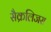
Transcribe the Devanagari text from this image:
सैक्रलिजस